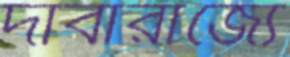
দাবারাজ্যে